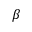
\beta